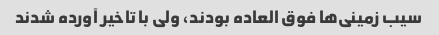
سیب زمینی‌ها فوق العاده بودند، ولی با تاخیر آورده شدند